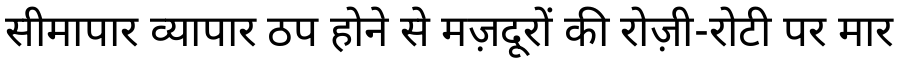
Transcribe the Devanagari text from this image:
सीमापार व्यापार ठप होने से मज़दूरों की रोज़ी-रोटी पर मार